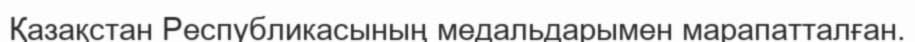
Қазақстан Республикасының медальдарымен марапатталған.